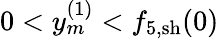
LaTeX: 0<y_{m}^{(1)}<{f}_{5,\mathrm{sh}}(0)